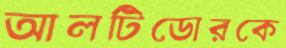
আলটিডোরকে